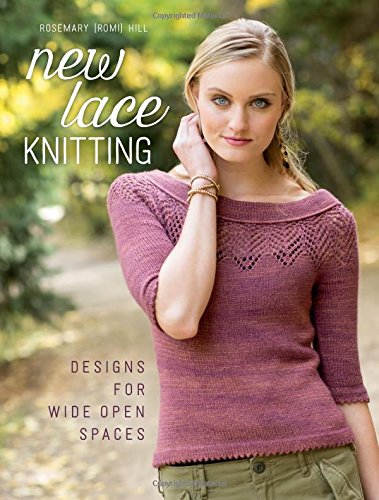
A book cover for New Lace Knitting: Designs for Wide Open Spaces; Rosemary Hill; Crafts, Hobbies & Home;